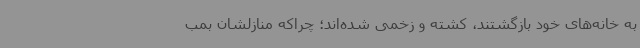
به خانه‌های خود بازگشتند، کشته و زخمی شده‌اند؛ چراکه منازلشان بمب